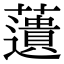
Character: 𧂠